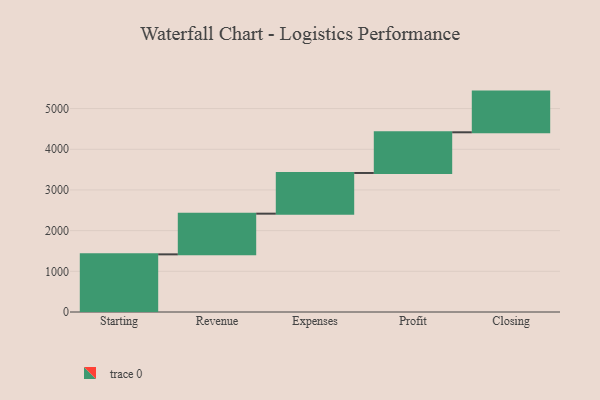
{"axis": {"x": "Step", "y": "Value"}, "legend": [""], "data": [{"x": "Starting", "y": 1417.0, "type": ""}, {"x": "Revenue", "y": 1000, "type": ""}, {"x": "Expenses", "y": 1000, "type": ""}, {"x": "Profit", "y": 1000, "type": ""}, {"x": "Closing", "y": 1000, "type": ""}]}